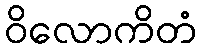
ဝိလောကိတံ